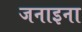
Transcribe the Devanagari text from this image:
जनाइना